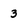
Character: 3